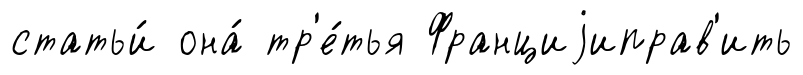
статьи́ она́ тр'е́тья Франциjиправ'ить